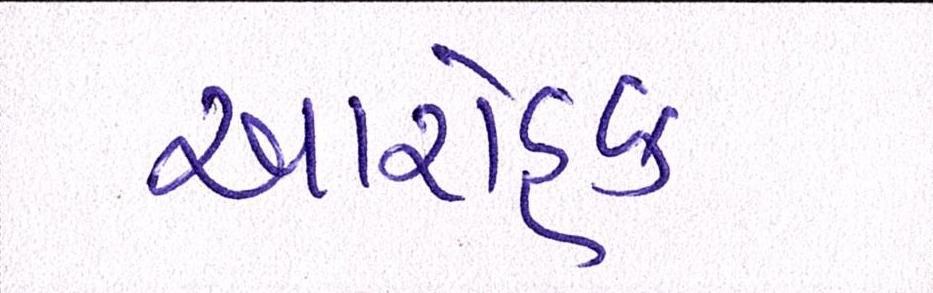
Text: આરોહક